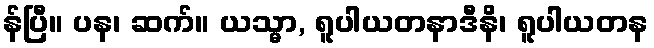
န်ပြီ။ ပန၊ ဆက်။ ယသ္မာ, ရူပါယတနာဒီနိ၊ ရူပါယတန